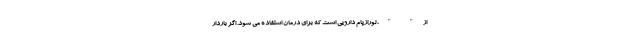
از " "، لورازپام دارویی است که برای درمان استفاده می شود. اگر باردار